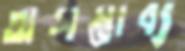
অসম্ভাব্য